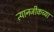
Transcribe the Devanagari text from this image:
त्यानजीकच्या